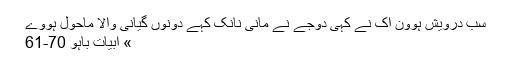
سب درویش ہوون اک نے کہی دوجے نے مانی نانک کہے دونوں گیانی والا ماحول ہووے
» ابیات باہو 70-61